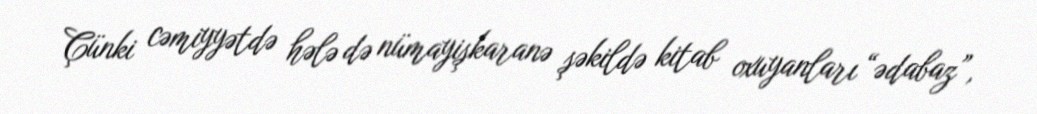
Çünki cəmiyyətdə hələ də nümayişkaranə şəkildə kitab oxuyanları “ədabaz”,